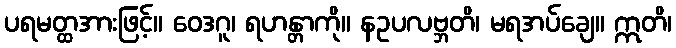
ပရမတ္ထအားဖြင့်။ ဝေဒဂူ၊ ရဟန္တာကို။ နဥပလဗ္ဘတိ၊ မရအပ်ချေ။ ဣတိ၊